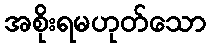
အစိုးရမဟုတ်သော